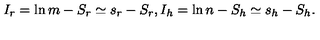
I _ { r } = \ln m - S _ { r } \simeq s _ { r } - S _ { r } , I _ { h } = \ln n - S _ { h } \simeq s _ { h } - S _ { h } .